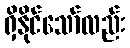
ရှိနိုင်သော်လည်း